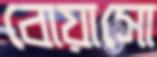
বোয়াসো